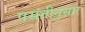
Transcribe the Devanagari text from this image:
पसंतीनुसार